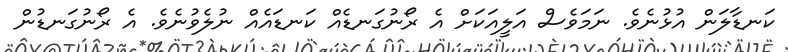
ކަނޑާލަން އުޅުނެވެ. ނަމަވެސް އަލީއަކަށް އެ ރޯނުގަނޑެއް ކަނޑައެއް ނުލެވުނެވެ. އެ ރޯނުގަނޑުން